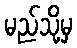
မည်သို့မှ